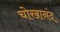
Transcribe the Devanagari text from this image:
चोखानंद